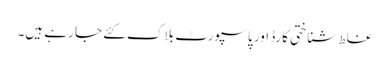
غلط شناختی کارڈ اور پاسپورٹ بلاک کئے جا رہے ہیں۔